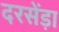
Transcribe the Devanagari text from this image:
दरसेंड़ा